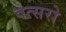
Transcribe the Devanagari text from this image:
वत्सरो